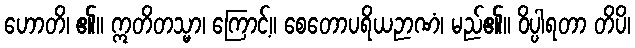
ဟောတိ၊ ၏။ ဣတိတသ္မာ၊ ကြောင့်။ စေတောပရိယဉာဏံ၊ မည်၏။ ဝိပ္ပါရတာ တိပိ၊